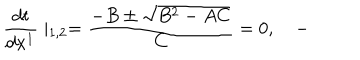
LaTeX: \frac { d t } { d x ^ { 1 } } \mid _ { 1 , 2 } = \frac { - B \pm \sqrt { B ^ { 2 } - A C } } C = 0 , \quad -